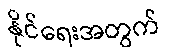
နိုင်ရေးအတွက်